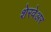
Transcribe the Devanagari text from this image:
शेरवेअर